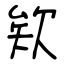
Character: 欸